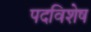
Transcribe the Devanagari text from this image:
पदविशेष